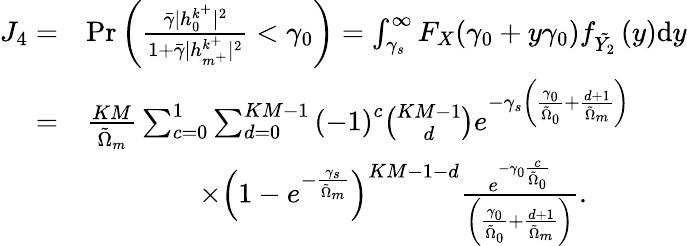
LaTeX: \begin{array}{rl}{J_{4}=}&{\mathrm{Pr}\left(\frac{\bar{\gamma}|h_{0}^{k^{+}}|^{2}}{1+\bar{\gamma}|h_{m^{+}}^{k^{+}}|^{2}}<\gamma_{0}\right)=\int_{\gamma_{s}}^{\infty}F_{X}(\gamma_{0}+y\gamma_{0})f_{\tilde{Y_{2}}}\left(y\right)\mathrm{d}y}\\ {=}&{\frac{KM}{\tilde{\Omega}_{m}}\sum_{c=0}^{1}\sum_{d=0}^{KM-1}\left(-1\right)^{c}\binom{KM-1}{d}e^{-\gamma_{s}\left(\frac{\gamma_{0}}{\tilde{\Omega}_{0}}+\frac{d+1}{\tilde{\Omega}_{m}}\right)}}\\ &{\qquad\qquad\times\left(1-e^{-\frac{\gamma_{s}}{\tilde{\Omega}_{m}}}\right)^{KM-1-d}\frac{e^{-\gamma_{0}\frac{c}{\tilde{\Omega}_{0}}}}{\left(\frac{\gamma_{0}}{\tilde{\Omega}_{0}}+\frac{d+1}{\tilde{\Omega}_{m}}\right)}.}\end{array}